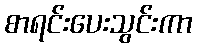
စာရင်းပေးသွင်းကာ